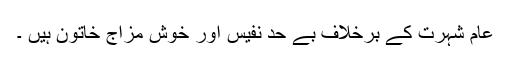
عام شہرت کے برخلاف بے حد نفیس اور خوش مزاج خاتون ہیں ۔